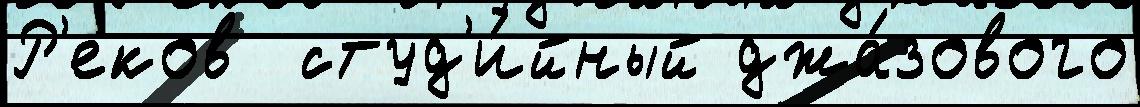
Р'еков  студ'и́йный джа́зового